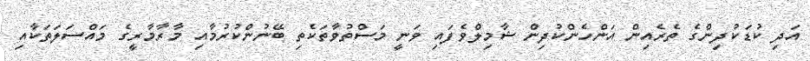
އަދި ކުޑަކުދިންގެ ތެރެއިން އަންހެންކުދިން ޝާމިލްވެފައި ވަނީ މަސްތުވާތަކެތި ބޭނުންކުރުމާއި މާރާމާރީގެ މައްސަލަތަކާއި